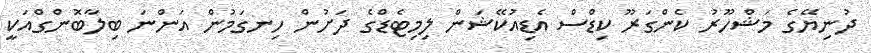
ދުނިޔޭގެ މަޝްހޫރު ކެންގަރޫ ކިޑްސް އެޑިއުކޭޝަން ލިމިޓެޑްގެ ދަށުން ހިނގަމުން އަންނަ ބިލާބޮންގްއަކީ